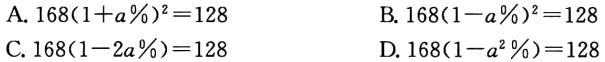
(2) 已知直线\(l_{1}\parallel l_{2}\)，动点\(M\)到\(l_{1}\)的距离与它到\(l_{2}\)距离之比为\(\frac{m}{n}\)，求\(M\)的轨迹。